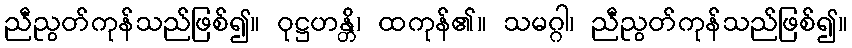
ညီညွတ်ကုန်သည်ဖြစ်၍။ ဝုဋ္ဌဟန္တိ၊ ထကုန်၏။ သမဂ္ဂါ၊ ညီညွတ်ကုန်သည်ဖြစ်၍။